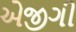
એજીગી